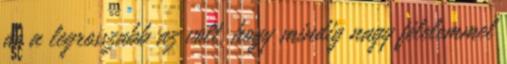
de a legrosszabb az volt, hogy mindig nagy félelemmel